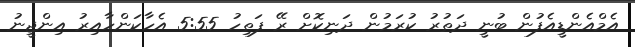
އެމްއެންޑީއެފުން ބުނީ ދަތުރު ކުރަމުން ދަނިކޮށް ރޭ ފަތިހު 5:55 އެހާކަންހާއިރު އިންޖީނު